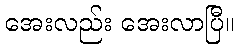
အေးလည်း အေးလာပြီ။